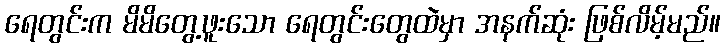
ရေတွင်းက မိမိတွေ့ဖူးသော ရေတွင်းတွေထဲမှာ အနက်ဆုံး ဖြစ်လိမ့်မည်။